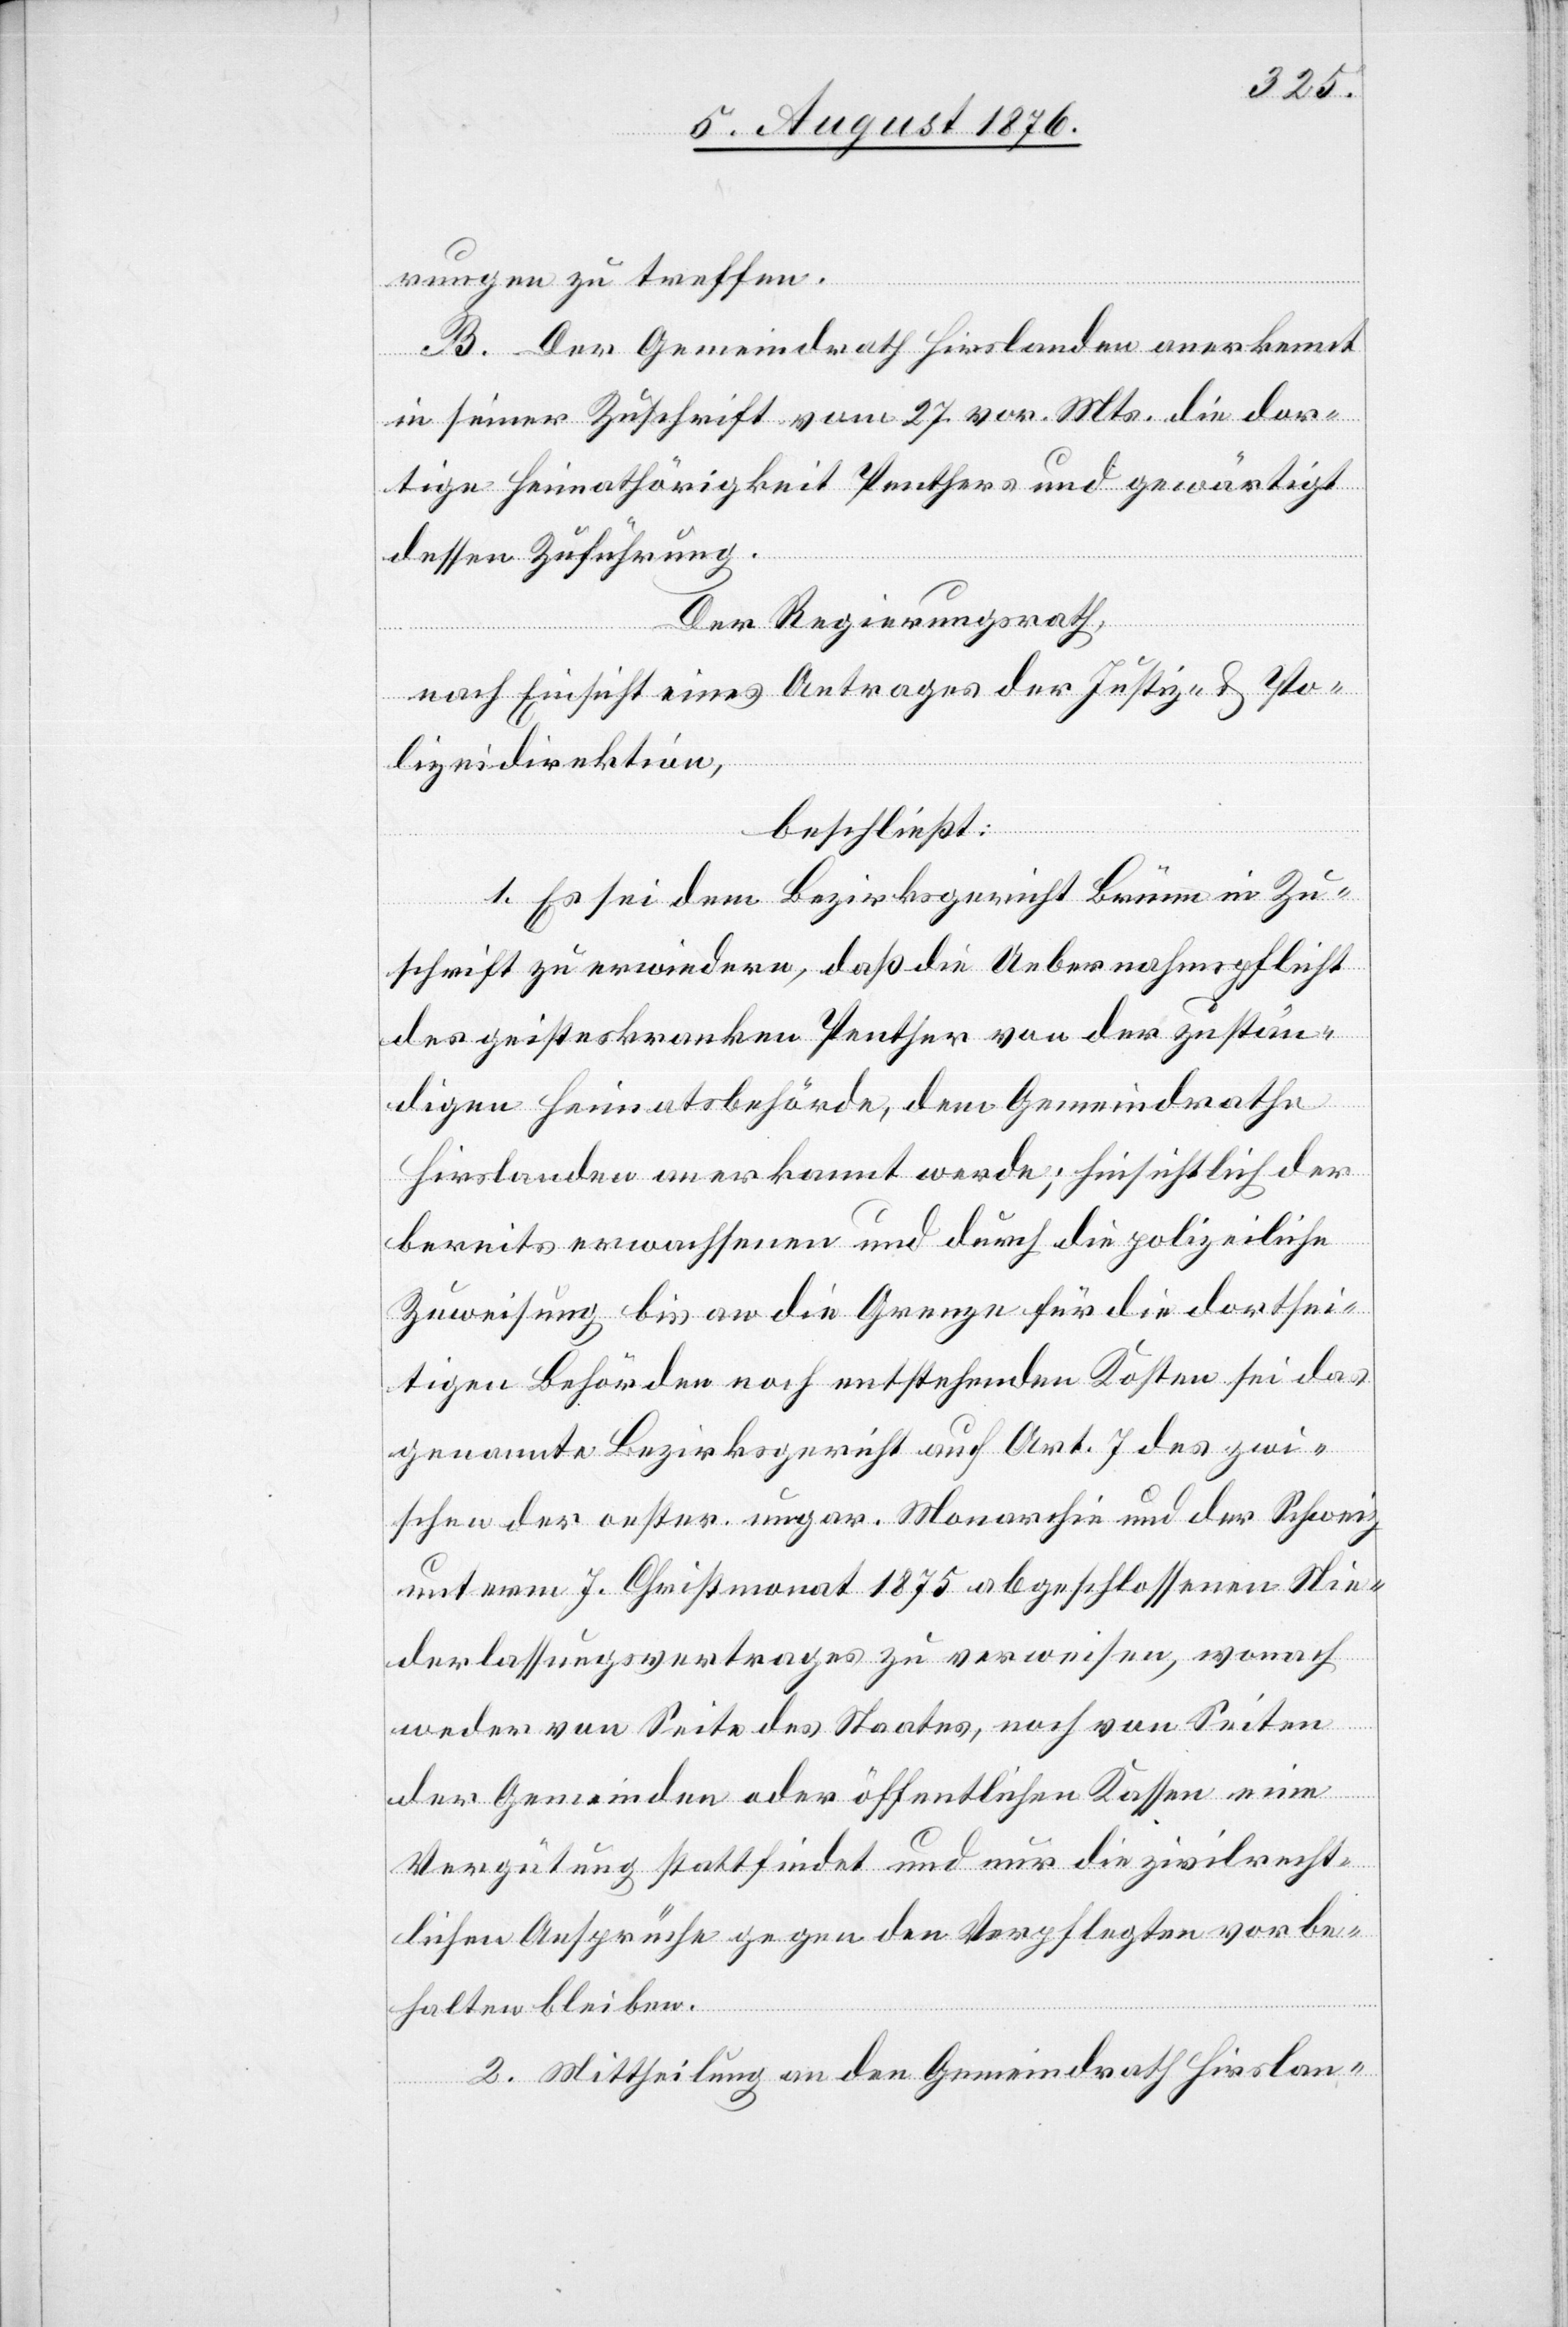
rungen zu treffen.
B. Der Gemeindrath Hirslanden anerkennt
in seiner Zuschrift vom 27. vor. Mts. die dor¬
tige Heimathörigkeit Peethers und gewärtigt
dessen Zuführung.
Der Regierungsrath,
nach Einsicht eines Antrages der Justiz- & Po¬
lizeidirektion,
beschließt:
1. Es sei dem Bezirksgericht Brünn in Zu¬
schrift zu erwiedern, daß die Uebernahmspflicht
des geisteskranken Peether von der zustän¬
digen Heimatsbehörde, dem Gemeindrathe
Hirslanden anerkannt werde; hinsichtlich der
bereits erwachsenen und durch die polizeiliche
Zuweisung bis an die Grenze für die dortsei¬
tigen Behörden noch entstehenden Kosten sei das
genannte Bezirksgericht auf Art. 7 des zwi¬
schen der oester. ungar. Monarchie und der Schweiz
unter 7. Christmonat 1875 abgeschlossenen Nie¬
derlassungsvertrages zu verweisen, wonach
weder von Seite des Staates, noch von Seiten
der Gemeinden oder öffentlichen Kassen eine
Vergütung stattfindet und nur die zivilrecht¬
lichen Ansprüche gegen den Verpflegten vorbe¬
halten bleiben.
2. Mittheilung an den Gemeindrath Hirslan-